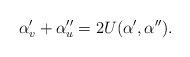
LaTeX: \begin{align*}\alpha'_v+\alpha''_u=2U(\alpha',\alpha'').\end{align*}